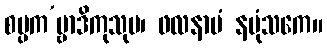
စမ္ပက’မ္ဗာဒိကုသုမ၊ ဖလနာမံ နပုံသကေ။